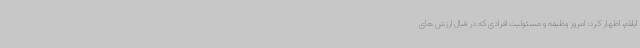
ایلام، اظهار کرد: امروز وظیفه و مسئولیت افرادی که در قبال ارزش های